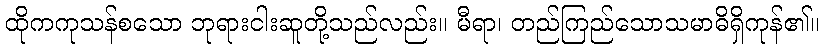
ထိုကကုသန်စသော ဘုရားငါးဆူတို့သည်လည်း။ မီရာ၊ တည်ကြည်သောသမာဓိရှိကုန်၏။